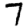
Digit: 7